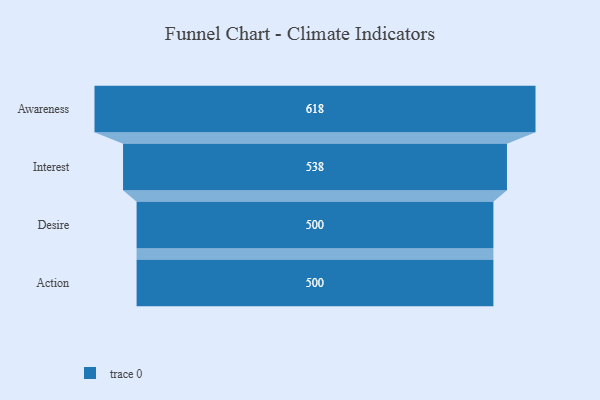
{"axis": {"x": "Stage", "y": "Value"}, "legend": [""], "data": [{"x": "Awareness", "y": 618.0, "type": ""}, {"x": "Interest", "y": 538.0, "type": ""}, {"x": "Desire", "y": 500, "type": ""}, {"x": "Action", "y": 500, "type": ""}]}